Vaccination report Assam 1874-1896 - 1874-1896
Year: 1874
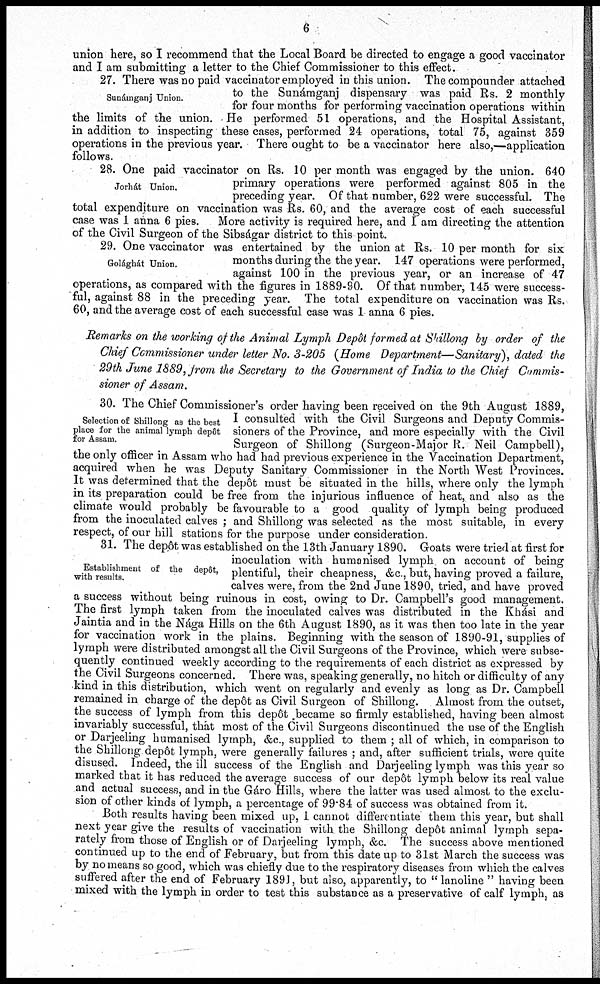
6
union here, so I recommend that the Local Board be directed to engage a good vaccinator
and I am submitting a letter to the Chief Commissioner to this effect.
Sunámganj Union.
27. There was no paid vaccinator employed in this union. The compounder attached
to the Sunámganj dispensary was paid Rs. 2 monthly
for four months for performing vaccination operations within
the limits of the union. -He performed 51 operations, and the Hospital Assistant,
in addition to inspecting these cases, performed 24 operations, total 75, against 359
operations in the previous year. There ought to be a vaccinator here also,—application
follows.
Jorhát Union.
28. One paid vaccinator on Rs. 10 per month was engaged by the union. 640
primary operations were performed against 805 in the
preceding year. Of that number, 622 were successful. The
total expenditure on vaccination was Rs. 60, and the average cost of each successful
case was 1 anna 6 pies. More activity is required here, and I am directing the attention
of the Civil Surgeon of the Sibságar district to this point.
Golághát Union.
29. One vaccinator was entertained by the union at Rs. 10 per month for six
months during the the year. 147 operations were performed,
against 100 in the previous year, or an increase of 47
operations, as compared with the figures in 1889-90. Of that number, 145 were success-
ful, against 88 in the preceding year. The total expenditure on vaccination was Rs.
60, and the average cost of each successful case was 1 anna 6 pies.
Remarks on the working of the Animal Lymph Depôt formed at Shillong by order of the
Chief Commissioner under letter No. 3-205 (Home Department—Sanitary), dated the
29th June 1889, from the Secretary to the Government of India to the Chief Commis-
sioner of Assam.
Selection of Shillong as the best
place for the animal lymph depôt
for Assam.
30. The Chief Commissioner's order having been received on the 9th August 1889,
I consulted with the Civil Surgeons and Deputy Commis-
sioners of the Province, and more especially with the Civil
Surgeon of Shillong (Surgeon-Major R. Neil Campbell),
the only officer in Assam who had had previous experience in the Vaccination Department,
acquired when he was Deputy Sanitary Commissioner in the North West Provinces.
It was determined that the depôt must be situated in the hills, where only the lymph
in its preparation could be free from the injurious influence of heat, and also as the
climate would probably be favourable to a good quality of lymph being produced
from the inoculated calves ; and Shillong was selected as the most suitable, in every
respect, of our hill stations for the purpose under consideration.
Establishment of the depôt,
with results.
31. The depôt was established on the 13th January 1890. Goats were tried at first for
inoculation with humanised lymph on account of being
plentiful, their cheapness, &c., but, having proved a failure,
calves were, from the 2nd June 1890, tried, and have proved
a success without being ruinous in cost, owing to Dr. Campbell's good management.
The first lymph taken from the inoculated calves was distributed in the Khási and
Jaintia and in the Nága Hills on the 6th August 1890, as it was then too late in the year
for vaccination work in the plains. Beginning with the season of 1890-91, supplies of
lymph were distributed amongst all the Civil Surgeons of the Province, which were subse-
quently continued weekly according to the requirements of each district as expressed by
the Civil Surgeons concerned. There was, speaking generally, no hitch or difficulty of any
kind in this distribution, which went on regularly and evenly as long as Dr. Campbell
remained in charge of the depôt as Civil Surgeon of Shillong. Almost from the outset,
the success of lymph from this depôt became so firmly established, having been almost
invariably successful, that most of the Civil Surgeons discontinued the use of the English
or Darjeeling humanised lymph, &c., supplied to them ; all of which, in comparison to
the Shillong depôt lymph, were generally failures ; and, after sufficient trials, were quite
disused. Indeed, the ill success of the English and Darjeeling lymph was this year so
marked that it has reduced the average success of our depôt lymph below its real value
and actual success, and in the Gáro Hills, where the latter was used almost to the exclu-
sion of other kinds of lymph, a percentage of 99.84 of success was obtained from it.
Both results having been mixed up, I cannot differentiate them this year, but shall
next year give the results of vaccination with the Shillong depôt animal lymph sepa-
rately from those of English or of Darjeeling lymph, &c. The success above mentioned
continued up to the end of February, but from this date up to 31st March the success was
by no means so good, which was chiefly due to the respiratory diseases from which the calves
suffered after the end of February 1891, but also, apparently, to " lanoline " having been
mixed with the lymph in order to test this substance as a preservative of calf lymph, as